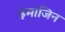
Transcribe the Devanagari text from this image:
इमाजिन